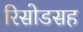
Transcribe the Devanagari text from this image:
रिसोडसह